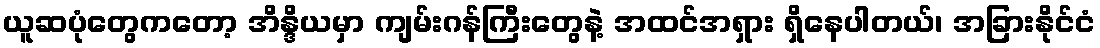
ယူဆပုံတွေကတော့ အိန္ဒိယမှာ ကျမ်းဂန်ကြီးတွေနဲ့ အထင်အရှား ရှိနေပါတယ်၊ အခြားနိုင်ငံ